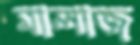
মালাজ